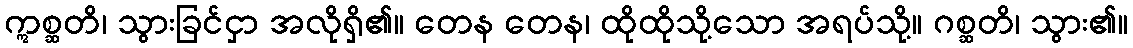
ဣစ္ဆတိ၊ သွားခြင်ငှာ အလိုရှိ၏။ တေန တေန၊ ထိုထိုသို့သော အရပ်သို့။ ဂစ္ဆတိ၊ သွား၏။